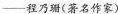
——程乃珊(著名作家)